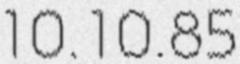
10.10.85